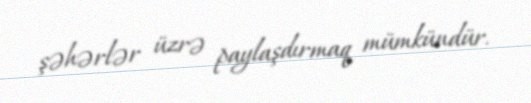
şəhərlər üzrə paylaşdırmaq mümkündür.